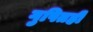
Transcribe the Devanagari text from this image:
गुपितही